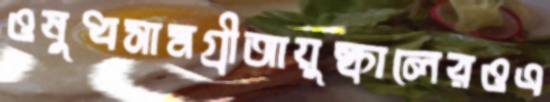
ওষুধসামগ্রীআয়ুষ্কালেরওএ